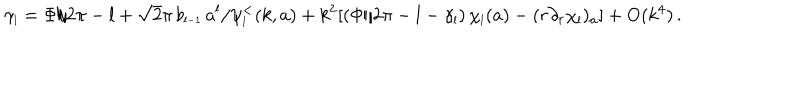
\gamma _ { \scriptscriptstyle { l } } = \Phi / 2 \pi - l + \sqrt 2 \pi \, b _ { \scriptscriptstyle { l - 1 } } \, a ^ { l } / \psi _ { \scriptscriptstyle { l } } ^ { < } ( k , a ) + k ^ { 2 } [ ( \Phi / 2 \pi - l - \gamma _ { \scriptscriptstyle { l } } ) \, \chi _ { \scriptscriptstyle { l } } ( a ) - ( r \partial _ { r } \chi _ { \scriptscriptstyle { l } } ) _ { a } ] + \mathrm { O } ( k ^ { 4 } ) \, .